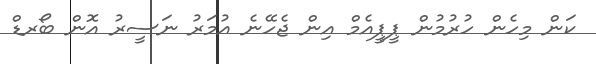
ކަން މިހެން ހުރުމުން ޕީޕީއެމް އިން ޖެހޭނެ އުމަރު ނަސީރު އޮން ބޯރޑް